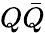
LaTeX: Q\bar{Q}